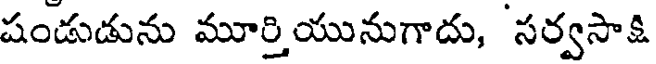
షండుడును మూర్తియునుగాదు, సర్వసాక్షి